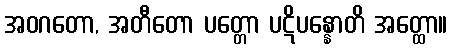
အဝဂတော, အတီတော ပတ္တော ပဋိပန္နောတိ အတ္ထော။